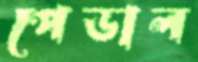
পেডাল